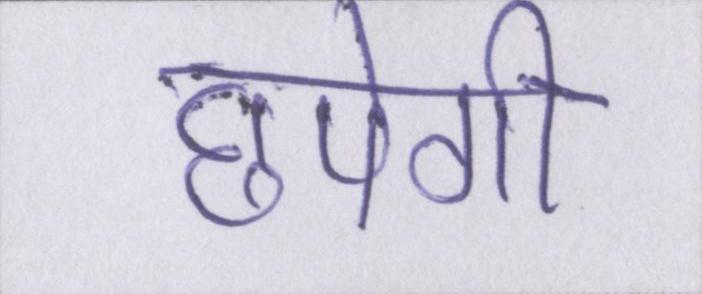
छपेगी